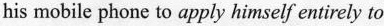
his mobile phone to apply himself entirely to